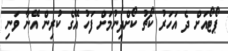
ޕޯޓޯއަށް ދެ އަހަރު ކޯޗު ކޯށްދިނުމަށް ފަހު އޭގެ ކުރިން އޭނާ ވަނި